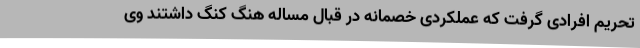
تحریم افرادی گرفت که عملکردی خصمانه در قبال مساله هنگ کنگ داشتند وی